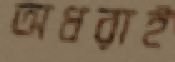
অধরাই